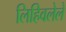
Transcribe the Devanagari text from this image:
लिहिवलेले